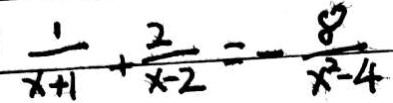
\frac { 1 } { x + 1 } + \frac { 2 } { x - 2 } = - \frac { 8 } { x ^ { 2 } - 4 }